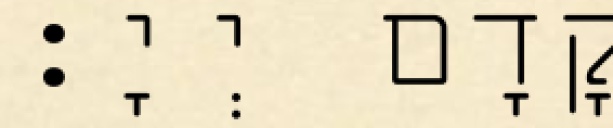
קֳדָם יְיָ׃